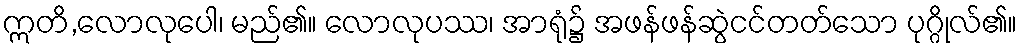
ဣတိ,လောလုပေါ၊ မည်၏။ လောလုပဿ၊ အာရုံ၌ အဖန်ဖန်ဆွဲငင်တတ်သော ပုဂ္ဂိုလ်၏။